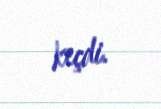
keçdi.